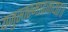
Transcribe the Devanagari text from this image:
यजुस्तस्मादजायत॥